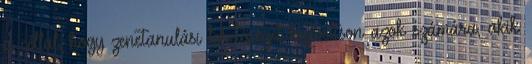
a céllal, hogy zenetanulási lehetőséget biztosítson azok számára, akik